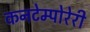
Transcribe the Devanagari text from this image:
कनटेम्पोरेरी